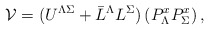
\begin{align*}{\cal V} = (U^{\Lambda\Sigma} + \bar{L}^\Lambda L^\Sigma)\left( P_{\Lambda}^x P_{\Sigma}^x\right),\end{align*}